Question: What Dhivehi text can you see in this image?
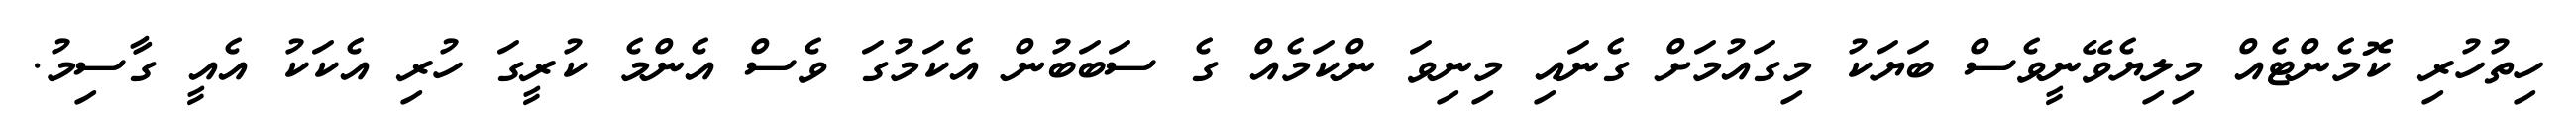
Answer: ހިތުހުރި ކޮމެންޓެއް މިލިޔެވޭނީވެސް ބަޔަކު މިގައުމަށް ގެނައި މިނިވަ ންކަމެއް ގެ ސަބަބުން އެކަމުގަ ވެސް އެންމެ ކުރީގަ ހުރި އެކަކު އެއީ ގާސިމު.